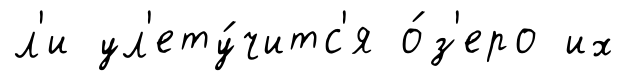
л'и ул'ету́читс'я о́з'еро их